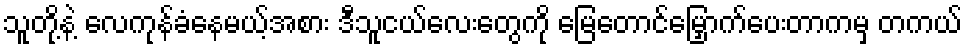
သူတို့နဲ့ လေကုန်ခံနေမယ့်အစား ဒီသူငယ်လေးတွေကို မြေတောင်မြှောက်ပေးတာကမှ တကယ်